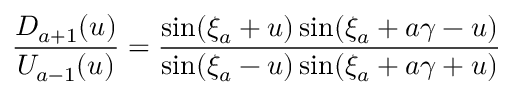
\frac { D _ { a + 1 } ( u ) } { U _ { a - 1 } ( u ) } = \frac { \sin ( \xi _ { a } + u ) \sin ( \xi _ { a } + a \gamma - u ) } { \sin ( \xi _ { a } - u ) \sin ( \xi _ { a } + a \gamma + u ) }